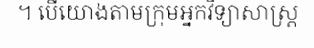
។ បើយោងតាមក្រុមអ្នកវិទ្យាសាស្ត្រ